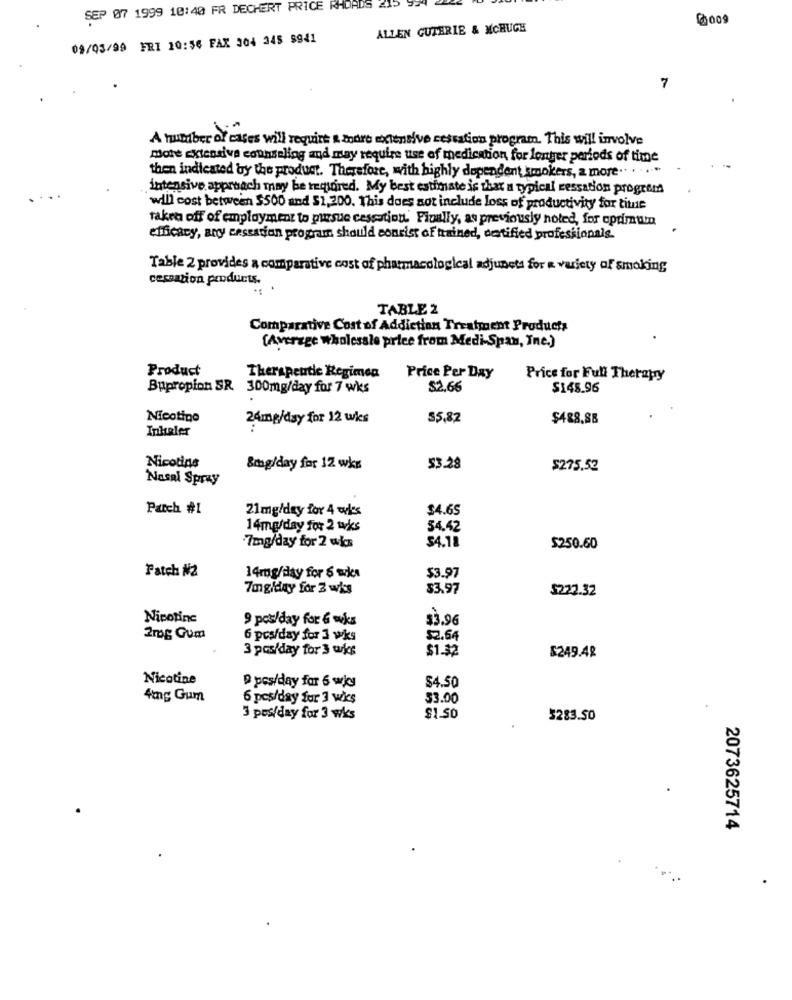
SEP 07 1999 10:40 FR DECHERT PRICE RHOADS 215
0009
ALLEN GUTERIE & MCHUGH
02/03/99 FRI 10:56 FAX 304 345 8941
7
A number of cases will require & more extensive cestation program. This will involve
More extensive counseling and may require use of medication for longer periods of time
then indicated by the product. Therefore, with highly dopendent smokers, a more .. . . ...
intensive approach may be required. My best estimate is that a typical cessation progrem
will cost between $500 and $1,200. This does not include loss of productivity for tite
takea off of employment to pursue cessation. Finally, as previously noted, for opdimun
efficacy, any cessation program should consist of trained, notified professionals.
Table 2 provides a comparative cost of pharmacological adjuncts for a variety of smoking
cessation products.
TABLE 2
Comparative Cost of Addiction Treatment Products
(Average wholesale price from Medi-Span, Inc.)
Product
Therapeutle Regimen
Price Per Day
Price for Full Therapy
Bupropion SR. 300mg/day for 7 wks
$2,66
$148.96
Nicotine
24mg/day for 12 wks
35,82
$488.88
Inhaler
Nicotine
&mg/day for 12 wks
5328
$275.52
Nasal Spray
Patch #1
21mg/day for 4 wles
$4.65
14mg/day for 2 wks
54.42
$4.18
7mg/day for 2 wks
$250.60
Patch #2
14mg/day for $ wka
$3.97
7mg/day for Z wis
$3.97
$222.32
Nicotine
9 pos/day for & ouks
$3.96
2mg Gum
6 pos/day for 3 wks
$2.64
3 pas/day for 3 wks
$1.32
$249.48
Nicotine
$4.50
D pos/day for 6 kg
4mg Gum
6 pcs/day for 3 wics
$3.00
3 pes/day for 3 wks
$1.50
5283.50
2073625714